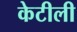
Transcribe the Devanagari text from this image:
केटीली